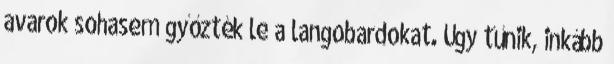
avarok sohasem győzték le a langobardokat. Úgy tűnik, inkább